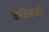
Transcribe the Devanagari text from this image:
कविताओं।